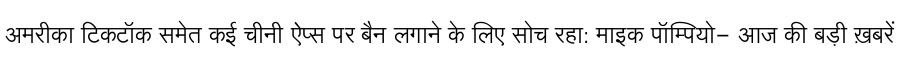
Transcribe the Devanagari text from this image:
अमरीका टिकटॉक समेत कई चीनी ऐप्स पर बैन लगाने के लिए सोच रहा: माइक पॉम्पियो- आज की बड़ी ख़बरें